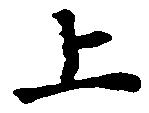
上